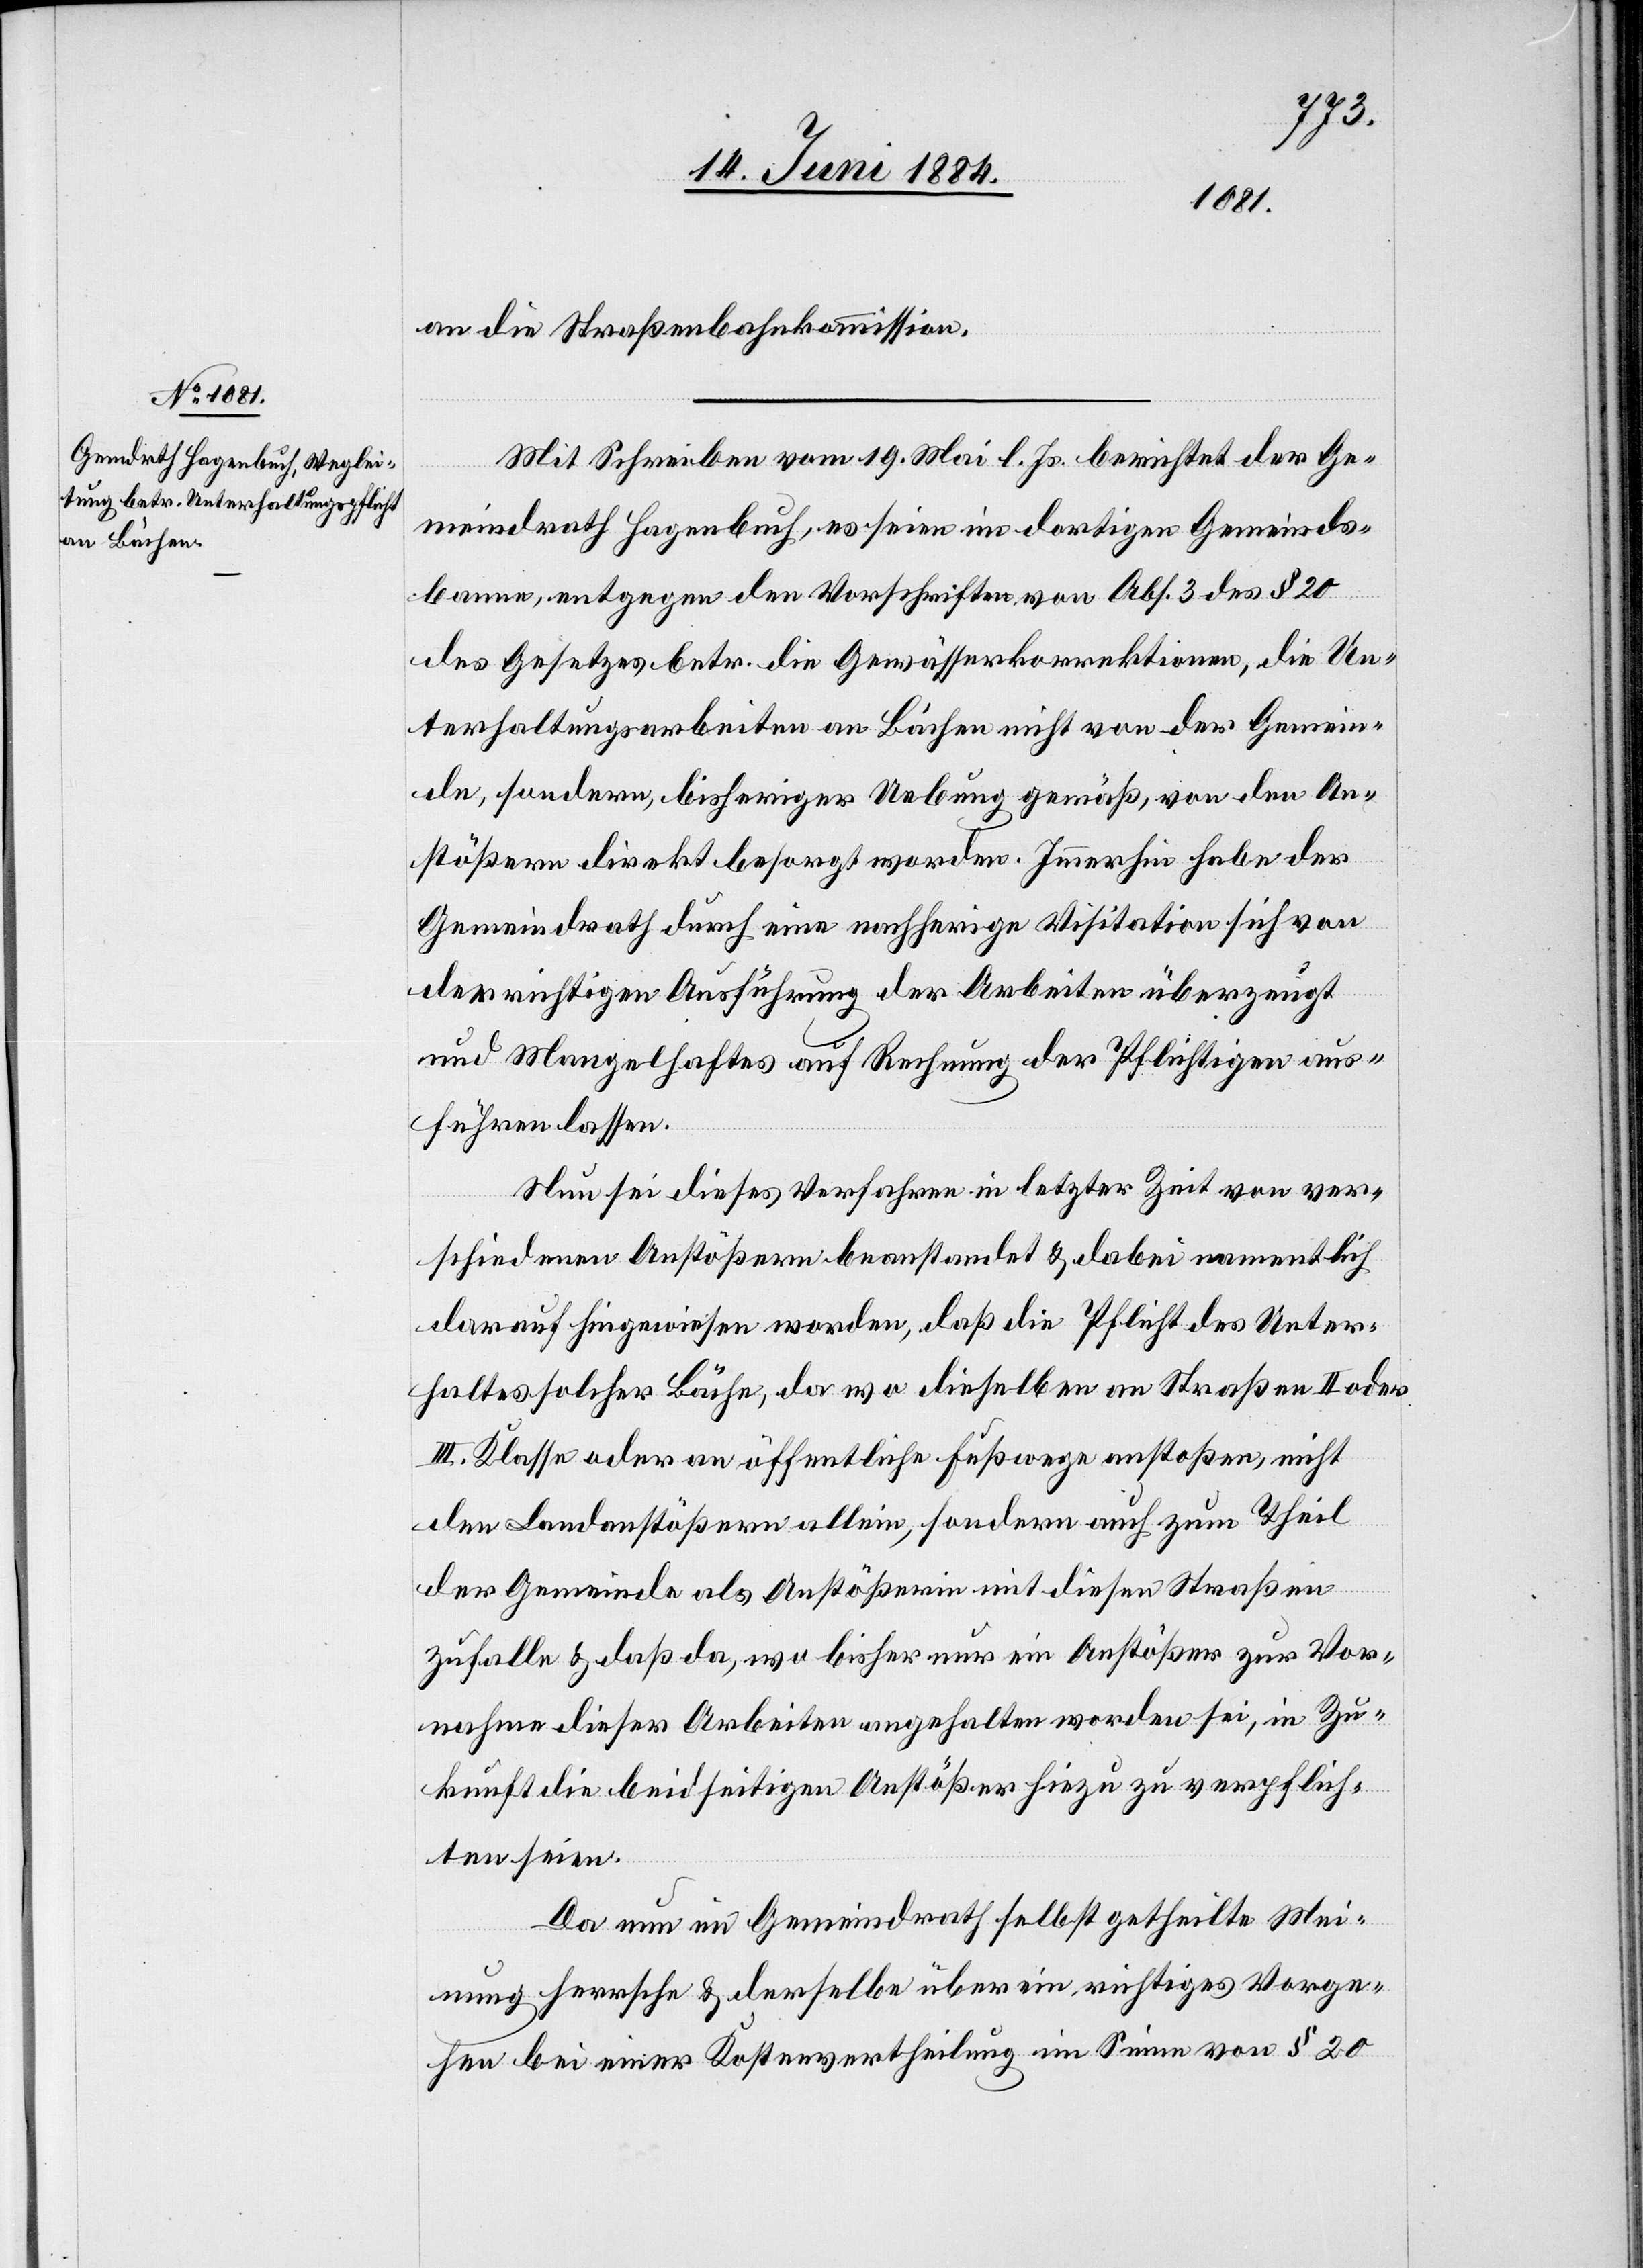
an die Straßenbahnkommission.
Mit Schreiben vom 19. Mai l. Js. berichtet der Ge¬
meindrath Hagenbuch, es seien im dortigen Gemeinds¬
banne, entgegen den Vorschriften von Abs. 3 des § 20
des Gesetzes betr. die Gewässerkorrektionen, die Un¬
terhaltungsarbeiten an Bächen nicht von der Gemein¬
de, sondern, bisheriger Uebung gemäß, von den An¬
stößern direkt besorgt worden. Immerhin habe der
Gemeindrath durch eine nachherige Visitation sich von
der richtigen Ausführung der Arbeiten überzeugt
und Mangelhaftes auf Rechnung der Pflichtigen aus¬
führen lassen.
Nun sei dieses Verfahren in letzter Zeit von ver¬
schiedenen Anstößern beanstandet & dabei namentlich
darauf hingewiesen worden, daß die Pflicht des Unter¬
haltes solcher Bäche, da wo dieselben an Straßen II. oder
III. Klasse oder an öffentliche Fußwege anstoßen, nicht
den Landanstößern allein, sondern auch zum Theil
der Gemeinde als Anstößerin mit diesen Straßen
zufalle & daß da, wo bisher nur ein Anstößer zur Vor¬
nahme dieser Arbeiten angehalten worden sei, in Zu¬
kunft die beidseitigen Anstößer hiezu zu verpflich¬
ten seien.
Da nun im Gemeindrath selbst getheilte Mei¬
nung herrsche & derselbe über ein richtiges Vorge¬
hen bei einer Kostenvertheilung im Sinne von § 20